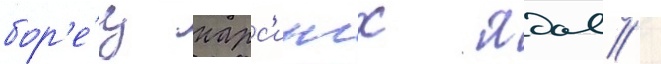
бор'е́ц нарс'ингх ядав /